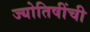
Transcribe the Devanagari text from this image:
ज्योतिषींची